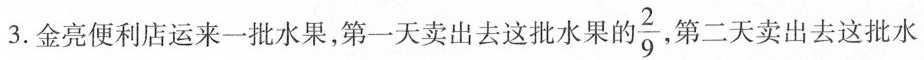
3.金亮便利店运来一批水果，第一天卖出去这批水果的 \frac{2}{9}， 第二天卖出去这批水